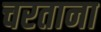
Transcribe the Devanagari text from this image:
चरताना